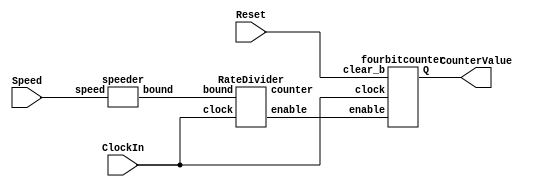
module part2(ClockIn, Reset, Speed, CounterValue);

input ClockIn;
input Reset;
input [1:0] Speed;
output [3:0] CounterValue;
wire enable;
wire [10:0] bound, counter;
//wire [26:0] bound, counter;

speeder S (.speed(Speed),.bound(bound)); //Instantation with the input speed and maximum number of cycles
RateDivider R (.clock(ClockIn),.bound(bound),.enable(enable),.counter(counter)); /*Instantiation with clock, max cycles, 
the enable signal, and also the counter */
fourbitcounter F (.enable(enable),.clock(ClockIn),.clear_b(Reset),.Q(CounterValue)); /*Instantion of the four bit counter with
the enable signal, the clock, the asynchronous active high reset, and the value of the counter */

endmodule

/*
module speeder (speed, bound); //module to pick a speed and also the upper bound of the number of cycles
input [1:0] speed;
output reg [26:0] bound;

always @(*)
case(speed[1:0]) //four possible speed choices
2'b00: bound = 27'b0; //Full speed
2'b01: bound = 27'010111110101111000001111111b; //1 Hz speed //Binary represents 50,000,000/1 which is 50,000,000 cycles (49,999,999)
2'b10: bound = 27'101111101011110000011111111b; //0.5 Hz Speed //Binary represents 50,000,000/0.5 which is 100,000,000 cycles (99,999,999)
2'b11: bound = 27'1011111010111100000111111111b; //0.25 Hz speed //Binary represents 50,000,000/0.25 which is 200,000,000 cycles (199,999,999)
endcase

endmodule
*/

module speeder (speed, bound); //module to pick a speed and also the upper bound of the number of cycles
input [1:0] speed;
output reg [10:0] bound;

always @(*)
case(speed[1:0]) //four possible speed choices
2'b00: bound = 11'b00000000000; //Full speed
2'b01: bound = 11'b00111110011; //1 Hz speed //Binary represents 500/1 which is 500 cycles (499)
2'b10: bound = 11'b01111100111; //0.5 Hz Speed //Binary represents 500/0.5 which is 1000 cycles (999)
2'b11: bound = 11'b11111001111; //0.25 Hz speed //Binary represents 500/0.25 which is 2000 cycles (1999)
endcase

endmodule


module RateDivider(clock, bound, enable, counter);
input clock;
input [10:0] bound; 
//input [26:0] bound;
output reg enable;
output reg [10:0] counter;
//output reg [26:0] counter;

always @(posedge clock) //at the positive edge of the clock
begin
	if (counter === 11'bx)
	begin
		counter <= 11'b00000000000;
	end 
	else if (counter == bound) //If we hit the number of maximum cycles, the counter returns to zero
	begin
		enable= 1'b1; //generating an enable pulse once we hit zero (we hit zero when a bound is reached)
		counter <= 11'b00000000000; //counter also goes to zero
	end
	else
	begin
		enable = 1'b0; //enable is zero because we have not reached a bound or the maximum number of cycles
		counter <= counter + 1 ; //increase the counter
	end
end

/*
always @(posedge clock) //at the positive edge of the clock
begin
	if (counter === 26'bx)
	begin
		counter <= 27'b0;
	end 
	else if (counter == bound) //If we hit the number of maximum cycles, the counter returns to zero
	begin
		enable= 1'b1; //generating an enable pulse once we hit zero (we hit zero when a bound is reached)
		counter <= 27'b0; //counter also goes to zero
	end
	else
	begin
		enable = 1'b0; //enable is zero because we have not reached a bound or the maximum number of cycles
		counter <= counter + 1 ; //increase the counter
	end
end
*/
		
endmodule 


module fourbitcounter (enable, clock, clear_b, Q);
input enable, clock, clear_b;
output reg [3:0] Q;

always @(posedge clock) //at the positive edge of the clock
	begin
		if (clear_b == 1'b1) //synchronous active high reset
		begin
			Q <= 4'b0000; //reset value to zero
		end
		else if (Q == 4'b1111) //when reached the maximum value 
		begin
			Q <= 4'b000; //reset to zero
		end
		else if (enable == 1'b1) //if enable is high
		begin
			Q <= Q + 1; //add, count up
		end
	end
	
endmodule